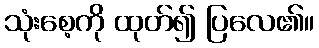
သုံးစေ့ကို ထုတ်၍ ပြလေ၏။